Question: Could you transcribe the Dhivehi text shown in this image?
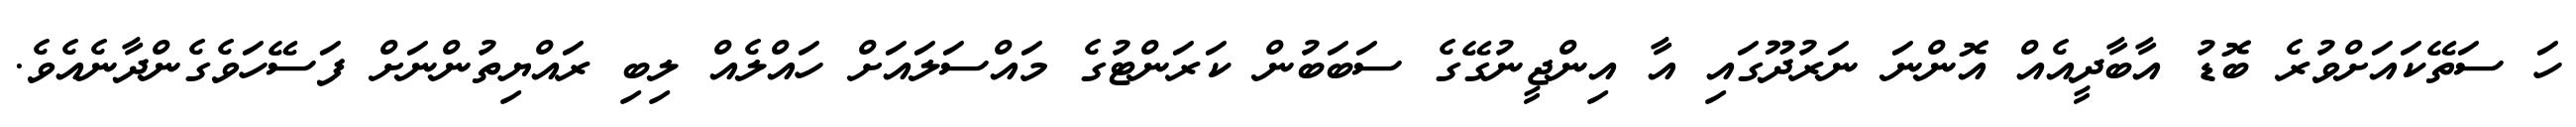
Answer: ހަ ސަތޭކައަށްވުރެ ބޮޑު އާބާދީއެއް އޮންނަ ނަރުދޫގައި އާ އިންޖީނުގޭގެ ސަބަބުން ކަރަންޓުގެ މައްސަލައަށް ހައްލެއް ލިބި ރައްޔިތުންނަށް ފަސޭހަވެގެންދާނެއެވެ.